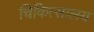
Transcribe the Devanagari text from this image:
चिकित्‍सालय